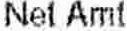
NET AMT